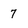
Character: 7